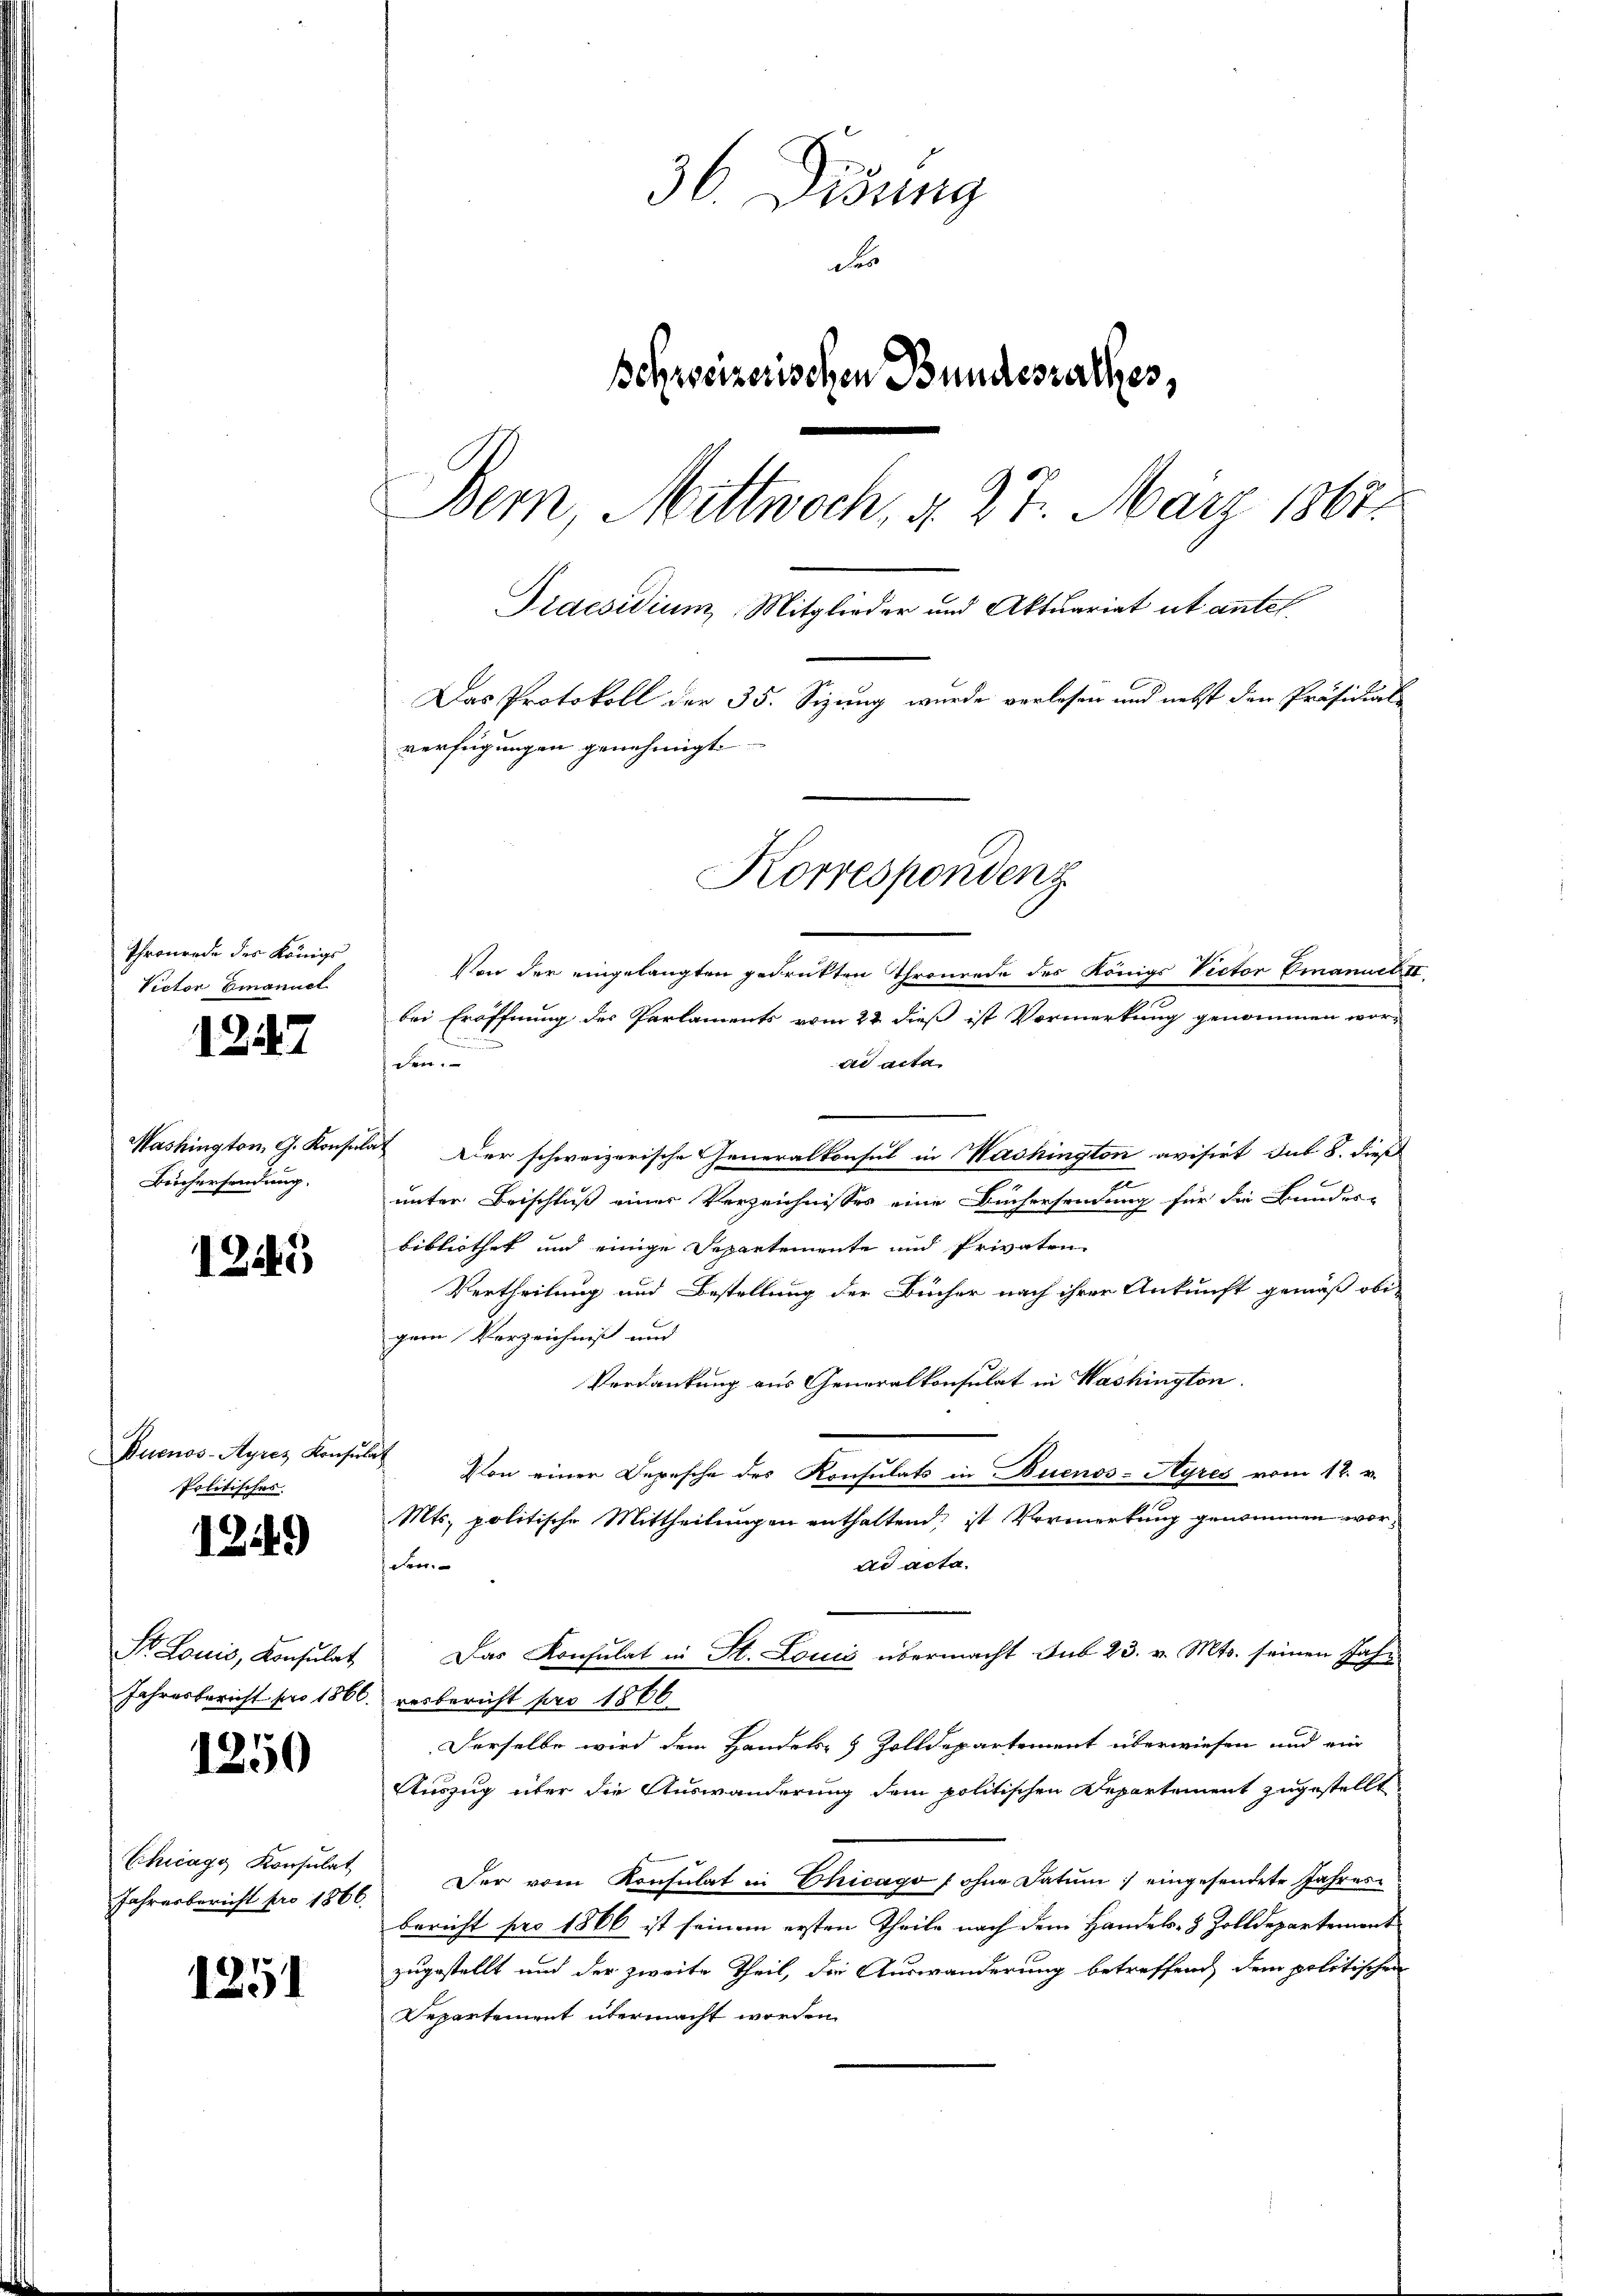
Thronrede des Königs
Victor Emanuel

1247

Berchersendung.

1245

Buenos-Ayres Konsulat
Politisches

1249

Str. Louis, Konsulat

1250

1251

Chicago Konsulat

36. Didung
Schweizerischen Bundesrathes,
Bern, Mittwoch, d. 27. März 1867.
Praesidium Mitglieder und Aktuariat ut antel
Das Protokoll der 35. Sizung wurde verlesen und nebst den Präsidial-

Von der eingelangten gedruckten Thronrede des Königs Rector Emanuel II
bei Eröffnung der Parlaments vom 22. dieß ist Vormerkung genommen worden.
die acta
Washington, G. Konsulat Der schweizerische Generalkonsul in Washington avisirt sub 8. dieß
c
unter Beischluß einer Verzeichnisses eine Büchersendung für die Bunder-
bibliothek und einige Departemente und Privaten
Vertheilung und Bestellung der Bücher nach ihrer Ankunft gemäß obi-
gem Verzeichniß und
Verdankung aus Generalkonsulat in Washington
Plon einer Depesche des Konsulats in Buenos-Ayres vom 12. v.
Mts. politische Mittheilungen enthaltend, ist Vermerkung genommen worsehen
ad acta.
Das Konsulat in St. Louis übermacht sub 23. v. Mts. seinen Jah¬
Jahresbericht pro 1866 verbericht für 1866
Derselbe wird dem Handels- & Zolldepartement überwiesen und ein
Auszug über die Auswanderung dem politischen Departement zugestellt
Jahresbericht pro 1866. Der vom Konsulat in Chicago (ohne Datum) eingesendete Jahresbericht pro 1866 ist seinem ersten Theile nach dem Handels- & Zolldepartement
zugestellt und der zweite Theil, die Auswanderung betreffend dem politischen
Departement übermacht worden.

verfügungen genehmigt.
Korrespondenz

Fes